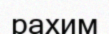
рахим